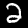
Label: 2